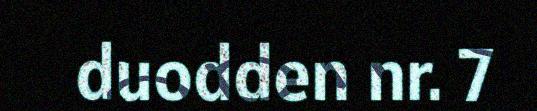
duodden nr. 7